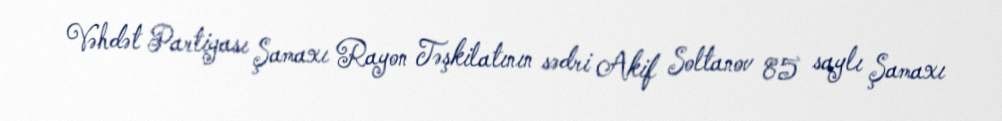
Vəhdət Partiyası Şamaxı Rayon Təşkilatının sədri Akif Soltanov 85 saylı Şamaxı